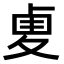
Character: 𠧺